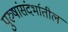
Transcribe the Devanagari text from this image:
पुरुषांसंदर्भातील